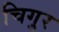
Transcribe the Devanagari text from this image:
चिगुर